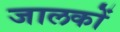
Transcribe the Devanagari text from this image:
जालकों